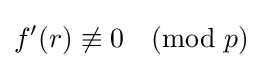
f'(r)\not \equiv 0{\pmod {p}}